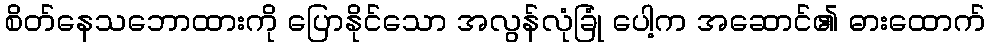
စိတ်နေသဘောထားကို ပြောနိုင်သော အလွန်လုံခြုံ ပေါ့က အဆောင်၏ ဓားထောက်